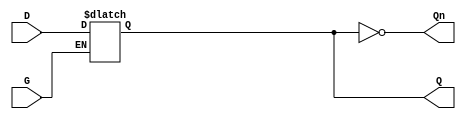
module gated_latch (
    input wire D,      // Data input
    input wire G,      // Enable signal
    output reg Q,      // Output
    output wire Qn     // Complement of the output
);

    // Assign the complement of Q
    assign Qn = ~Q;

    // Always block to implement the gated latch functionality
    always @(*) begin
        if (G) begin
            Q = D;  // When G is high, Q follows D
        end
        // When G is low, Q retains its previous value
    end

endmodule